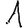
Digit: 1